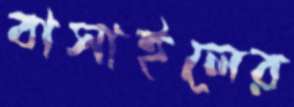
বাসাইলের